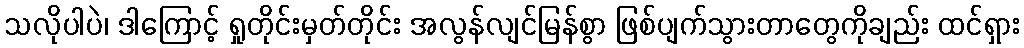
သလိုပါပဲ၊ ဒါကြောင့် ရှုတိုင်းမှတ်တိုင်း အလွန်လျင်မြန်စွာ ဖြစ်ပျက်သွားတာတွေကိုချည်း ထင်ရှား